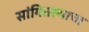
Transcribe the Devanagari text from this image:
सांगितल्याचा